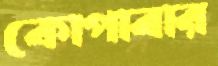
কোপাবার